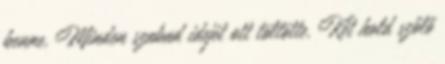
benne. Minden szabad idejét ott töltötte. Két hold szőlő